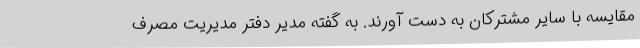
مقایسه با سایر مشترکان به دست آورند. به گفته مدیر دفتر مدیریت مصرف